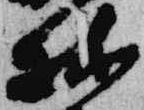
林